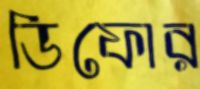
ডিফোর